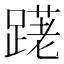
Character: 𲃽